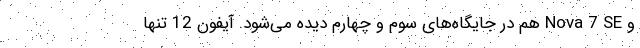
و Nova 7 SE هم در جایگاه‌های سوم و چهارم دیده می‌شود. آیفون 12 تنها